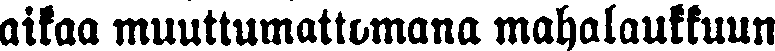
aikaa muuttumattomana mahalaukkuun